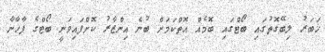
ޚަބަރު ލިބޭގޮތުގައި ބޯޓްގައި ބޮމެއް އޮތްކަމަށް ބުނެ އިންޒާރު ކޮށްފައިވަނީ ބޯޓްގެ ފާޚާނާ